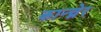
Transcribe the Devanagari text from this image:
कान्च्नेर